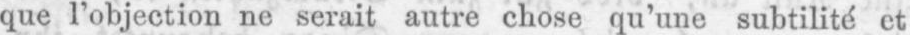
que l’objection ne serait autre chose qu’une subtilité et